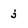
Character: j